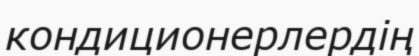
кондиционерлердің